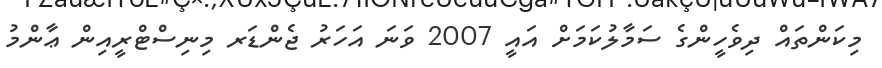
މިކަންތައް ދިވެހީންގެ ސަމާލުކަމަށް އައީ 2007 ވަނަ އަހަރު ޖެންޑަރ މިނިސްޓްރީއިން ޢާންމު